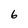
Character: 6